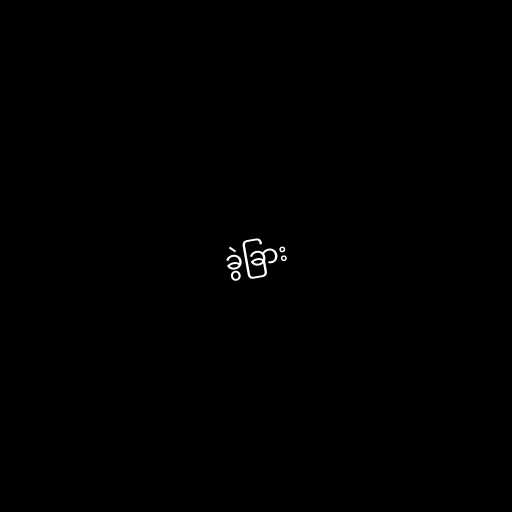
ခွဲခြား